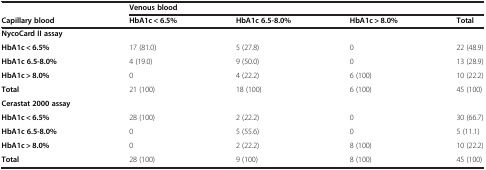
|  | <COLSPAN=4> Venous blood |
 | Capillary blood | HbA1c < 6.5% | HbA1c 6.5-8.0% | HbA1c > 8.0% | Total |
 | --- | --- | --- | --- | --- |
 | NycoCard II assay |  |  |  |  |
 | HbA1c < 6.5% | 17 (81.0) | 5 (27.8) | 0 | 22 (48.9) |
 | HbA1c 6.5-8.0% | 4 (19.0) | 9 (50.0) | 0 | 13 (28.9) |
 | HbA1c > 8.0% | 0 | 4 (22.2) | 6 (100) | 10 (22.2) |
 | Total | 21 (100) | 18 (100) | 6 (100) | 45 (100) |
 | Cerastat 2000 assay |  |  |  |  |
 | HbA1c < 6.5% | 28 (100) | 2 (22.2) | 0 | 30 (66.7) |
 | HbA1c 6.5-8.0% | 0 | 5 (55.6) | 0 | 5 (11.1) |
 | HbA1c > 8.0% | 0 | 2 (22.2) | 8 (100) | 10 (22.2) |
 | Total | 28 (100) | 9 (100) | 8 (100) | 45 (100) |